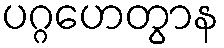
ပဂ္ဂဟေတွာန